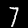
Digit: 7